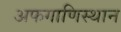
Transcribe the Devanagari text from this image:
अफगाणिस्थान